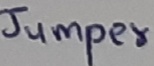
Text: Jumper